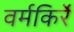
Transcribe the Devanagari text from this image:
वर्मकिर्रे